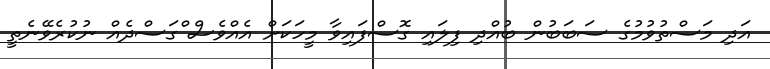
އަދި މަސްތުވުމުގެ ސަބަބުން ބުއްދި ފިލައި ގޮސްފައިވާ މީހަކަށް އެއްވެސް ްގަސްދެއް ނުކުރެވޭނެތީ